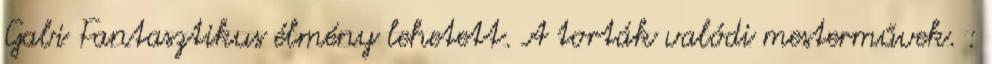
Gabi Fantasztikus élmény lehetett. A torták valódi mesterművek. :